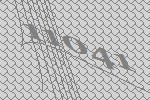
11041